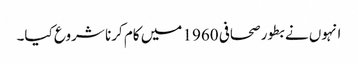
انہوں نے بطور صحافی 1960 میں کام کرنا شروع کیا۔